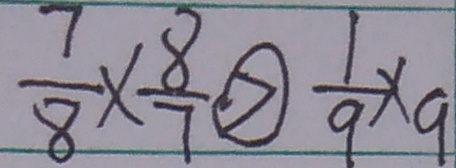
\frac { 7 } { 8 } \times \frac { 8 } { 7 } \textcircled { > } \frac { 1 } { 9 } \times 9